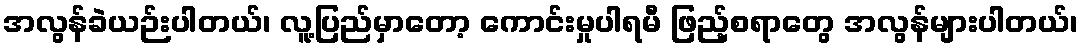
အလွန်ခဲယဉ်းပါတယ်၊ လူ့ပြည်မှာတော့ ကောင်းမှုပါရမီ ဖြည့်စရာတွေ အလွန်များပါတယ်၊